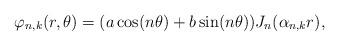
LaTeX: \begin{align*}\varphi_{n,k}(r, \theta) = (a \cos(n \theta) + b \sin(n \theta)) J_n(\alpha_{n,k} r),\end{align*}